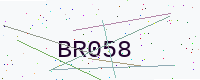
Text: BR058